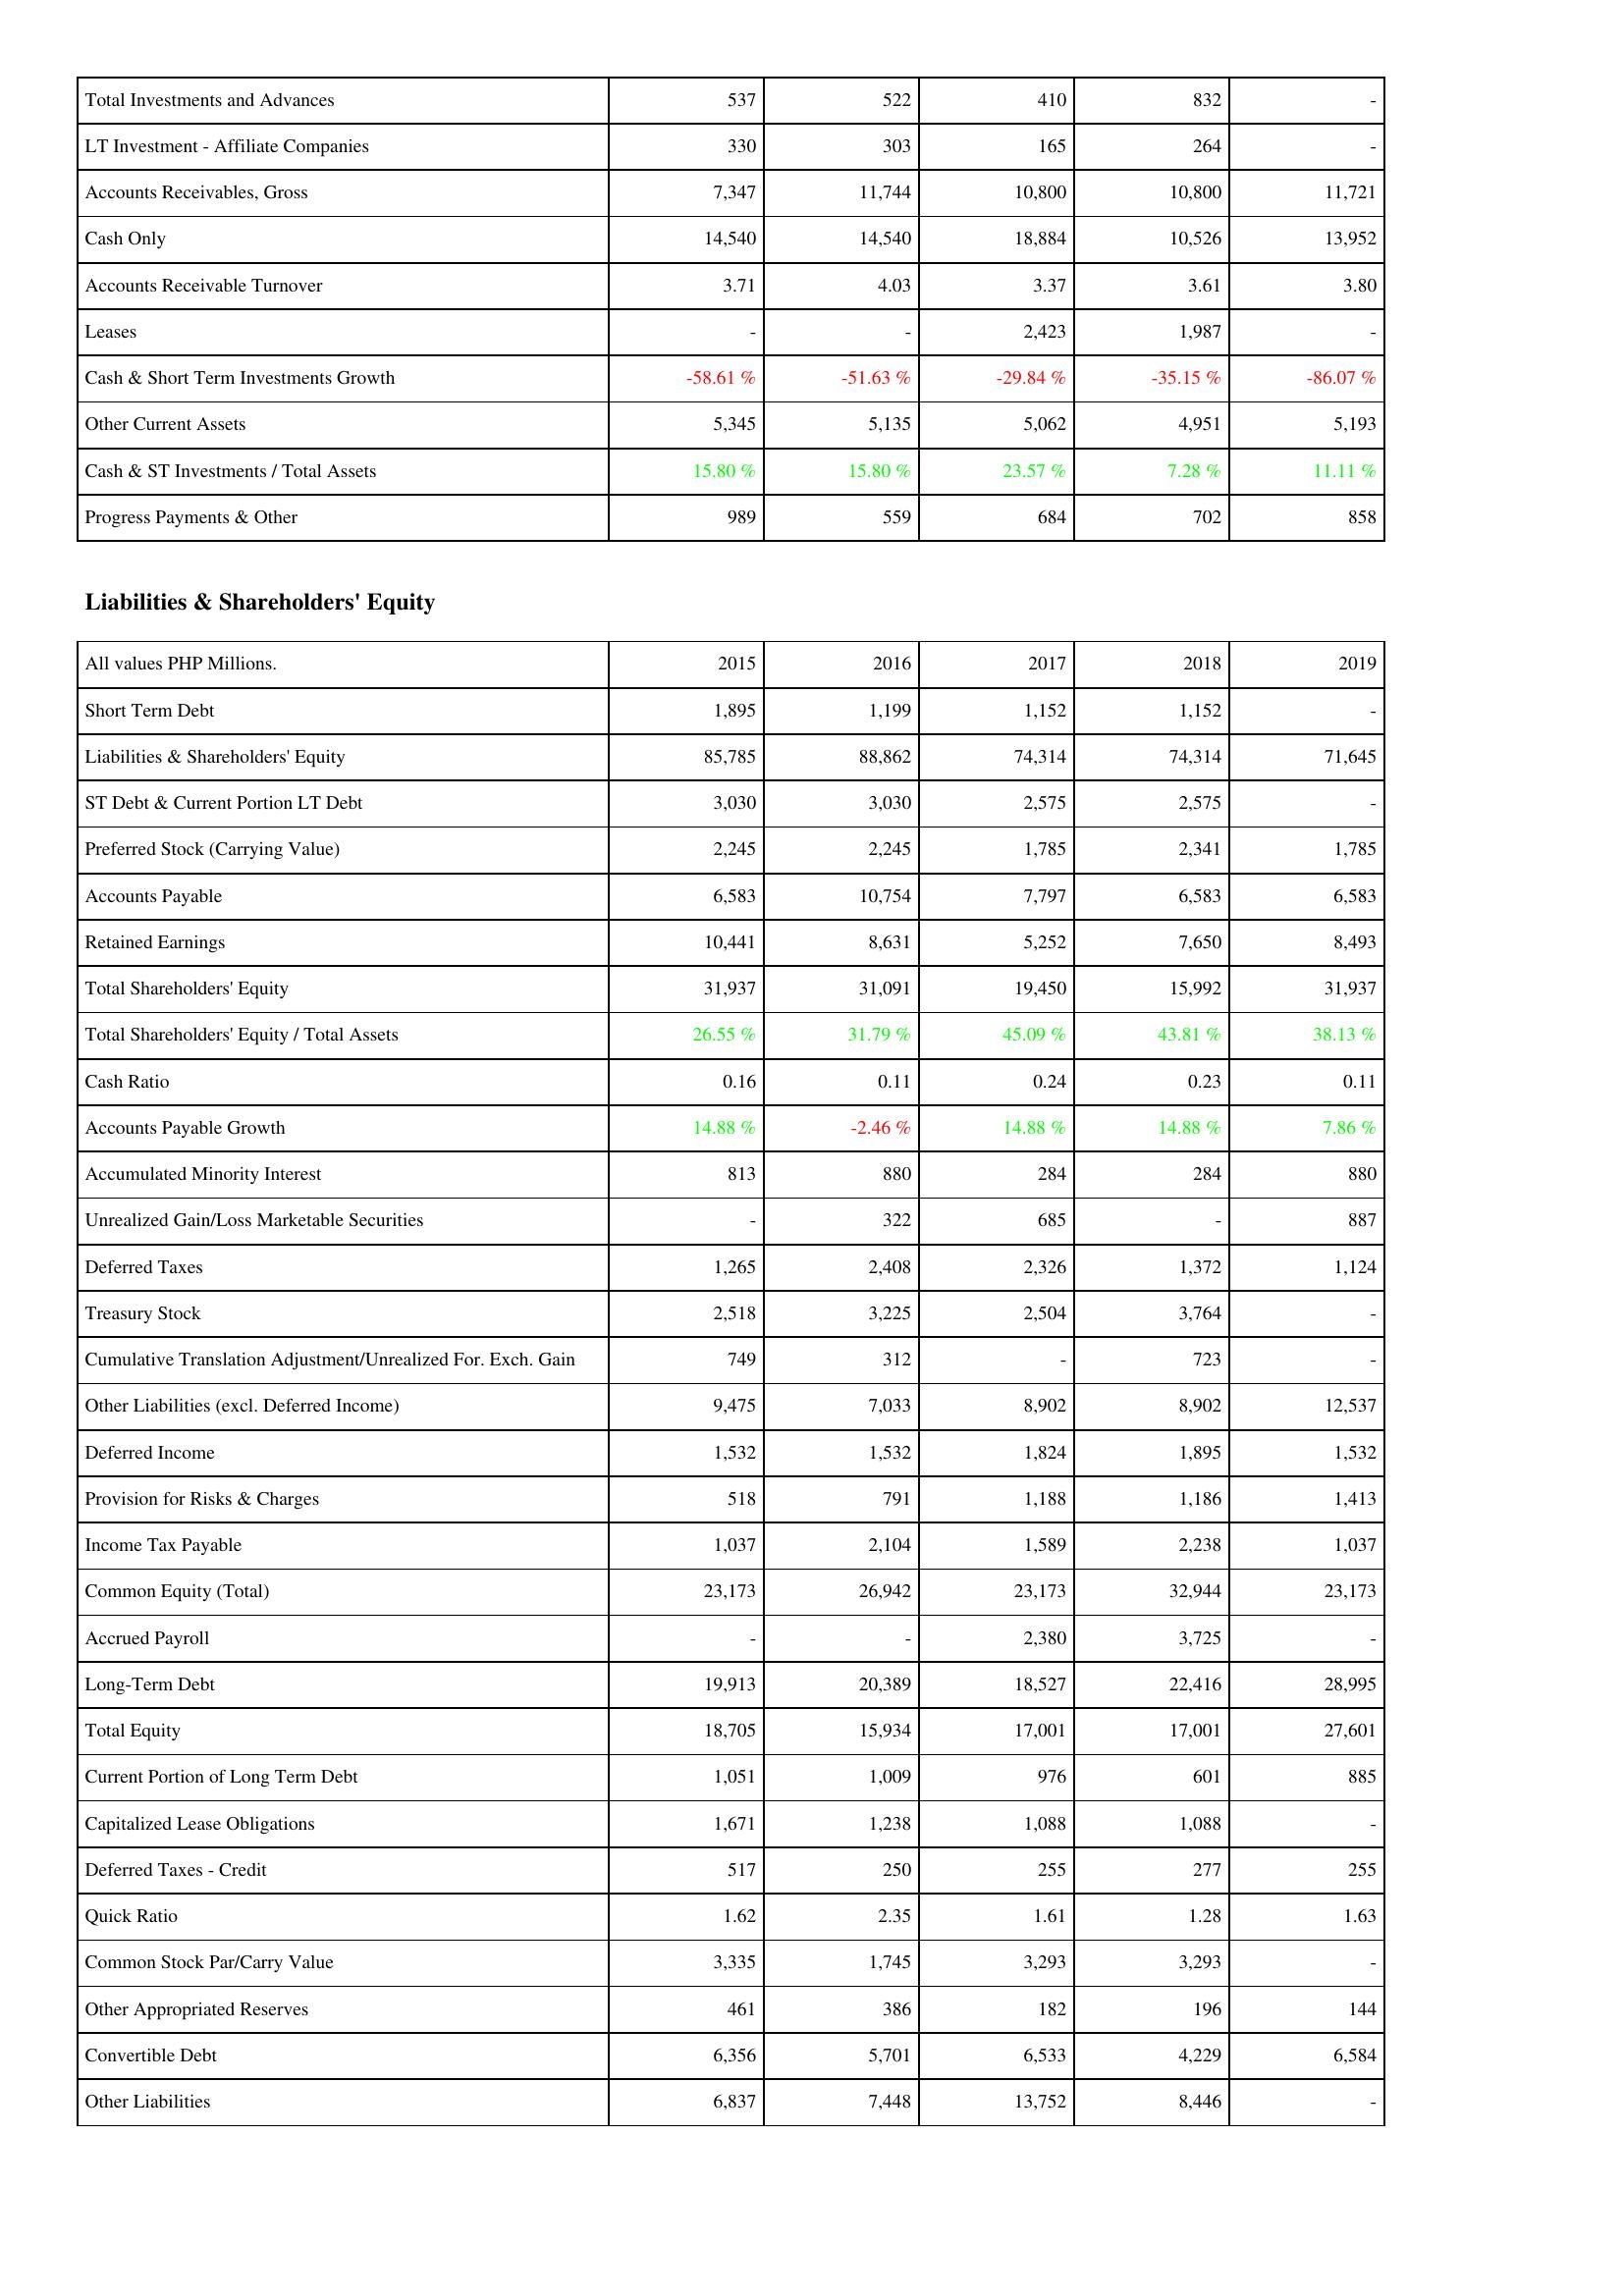
2015: Assets: Total Investments and Advances: 537
LT Investment - Affiliate Companies: 330
Accounts Receivables, Gross: 7,347
Cash Only: 14,540
Accounts Receivable Turnover: 3.71
Leases: -
Cash & Short Term Investments Growth: -58.61 %
Other Current Assets: 5,345
Cash & ST Investments / Total Assets: 15.80 %
Progress Payments & Other: 989
Liabilities & Shareholders' Equity: Short Term Debt: 1,895
Liabilities & Shareholders' Equity: 85,785
ST Debt & Current Portion LT Debt: 3,030
Preferred Stock (Carrying Value): 2,245
Accounts Payable: 6,583
Retained Earnings: 10,441
Total Shareholders' Equity: 31,937
Total Shareholders' Equity / Total Assets: 26.55 %
Cash Ratio: 0.16
Accounts Payable Growth: 14.88 %
Accumulated Minority Interest: 813
Unrealized Gain/Loss Marketable Securities: -
Deferred Taxes: 1,265
Treasury Stock: 2,518
Cumulative Translation Adjustment/Unrealized For. Exch. Gain: 749
Other Liabilities (excl. Deferred Income): 9,475
Deferred Income: 1,532
Provision for Risks & Charges: 518
Income Tax Payable: 1,037
Common Equity (Total): 23,173
Accrued Payroll: -
Long-Term Debt: 19,913
Total Equity: 18,705
Current Portion of Long Term Debt: 1,051
Capitalized Lease Obligations: 1,671
Deferred Taxes - Credit: 517
Quick Ratio: 1.62
Common Stock Par/Carry Value: 3,335
Other Appropriated Reserves: 461
Convertible Debt: 6,356
Other Liabilities: 6,837
2016: Assets: Total Investments and Advances: 522
LT Investment - Affiliate Companies: 303
Accounts Receivables, Gross: 11,744
Cash Only: 14,540
Accounts Receivable Turnover: 4.03
Leases: -
Cash & Short Term Investments Growth: -51.63 %
Other Current Assets: 5,135
Cash & ST Investments / Total Assets: 15.80 %
Progress Payments & Other: 559
Liabilities & Shareholders' Equity: Short Term Debt: 1,199
Liabilities & Shareholders' Equity: 88,862
ST Debt & Current Portion LT Debt: 3,030
Preferred Stock (Carrying Value): 2,245
Accounts Payable: 10,754
Retained Earnings: 8,631
Total Shareholders' Equity: 31,091
Total Shareholders' Equity / Total Assets: 31.79 %
Cash Ratio: 0.11
Accounts Payable Growth: -2.46 %
Accumulated Minority Interest: 880
Unrealized Gain/Loss Marketable Securities: 322
Deferred Taxes: 2,408
Treasury Stock: 3,225
Cumulative Translation Adjustment/Unrealized For. Exch. Gain: 312
Other Liabilities (excl. Deferred Income): 7,033
Deferred Income: 1,532
Provision for Risks & Charges: 791
Income Tax Payable: 2,104
Common Equity (Total): 26,942
Accrued Payroll: -
Long-Term Debt: 20,389
Total Equity: 15,934
Current Portion of Long Term Debt: 1,009
Capitalized Lease Obligations: 1,238
Deferred Taxes - Credit: 250
Quick Ratio: 2.35
Common Stock Par/Carry Value: 1,745
Other Appropriated Reserves: 386
Convertible Debt: 5,701
Other Liabilities: 7,448
2017: Assets: Total Investments and Advances: 410
LT Investment - Affiliate Companies: 165
Accounts Receivables, Gross: 10,800
Cash Only: 18,884
Accounts Receivable Turnover: 3.37
Leases: 2,423
Cash & Short Term Investments Growth: -29.84 %
Other Current Assets: 5,062
Cash & ST Investments / Total Assets: 23.57 %
Progress Payments & Other: 684
Liabilities & Shareholders' Equity: Short Term Debt: 1,152
Liabilities & Shareholders' Equity: 74,314
ST Debt & Current Portion LT Debt: 2,575
Preferred Stock (Carrying Value): 1,785
Accounts Payable: 7,797
Retained Earnings: 5,252
Total Shareholders' Equity: 19,450
Total Shareholders' Equity / Total Assets: 45.09 %
Cash Ratio: 0.24
Accounts Payable Growth: 14.88 %
Accumulated Minority Interest: 284
Unrealized Gain/Loss Marketable Securities: 685
Deferred Taxes: 2,326
Treasury Stock: 2,504
Cumulative Translation Adjustment/Unrealized For. Exch. Gain: -
Other Liabilities (excl. Deferred Income): 8,902
Deferred Income: 1,824
Provision for Risks & Charges: 1,188
Income Tax Payable: 1,589
Common Equity (Total): 23,173
Accrued Payroll: 2,380
Long-Term Debt: 18,527
Total Equity: 17,001
Current Portion of Long Term Debt: 976
Capitalized Lease Obligations: 1,088
Deferred Taxes - Credit: 255
Quick Ratio: 1.61
Common Stock Par/Carry Value: 3,293
Other Appropriated Reserves: 182
Convertible Debt: 6,533
Other Liabilities: 13,752
2018: Assets: Total Investments and Advances: 832
LT Investment - Affiliate Companies: 264
Accounts Receivables, Gross: 10,800
Cash Only: 10,526
Accounts Receivable Turnover: 3.61
Leases: 1,987
Cash & Short Term Investments Growth: -35.15 %
Other Current Assets: 4,951
Cash & ST Investments / Total Assets: 7.28 %
Progress Payments & Other: 702
Liabilities & Shareholders' Equity: Short Term Debt: 1,152
Liabilities & Shareholders' Equity: 74,314
ST Debt & Current Portion LT Debt: 2,575
Preferred Stock (Carrying Value): 2,341
Accounts Payable: 6,583
Retained Earnings: 7,650
Total Shareholders' Equity: 15,992
Total Shareholders' Equity / Total Assets: 43.81 %
Cash Ratio: 0.23
Accounts Payable Growth: 14.88 %
Accumulated Minority Interest: 284
Unrealized Gain/Loss Marketable Securities: -
Deferred Taxes: 1,372
Treasury Stock: 3,764
Cumulative Translation Adjustment/Unrealized For. Exch. Gain: 723
Other Liabilities (excl. Deferred Income): 8,902
Deferred Income: 1,895
Provision for Risks & Charges: 1,186
Income Tax Payable: 2,238
Common Equity (Total): 32,944
Accrued Payroll: 3,725
Long-Term Debt: 22,416
Total Equity: 17,001
Current Portion of Long Term Debt: 601
Capitalized Lease Obligations: 1,088
Deferred Taxes - Credit: 277
Quick Ratio: 1.28
Common Stock Par/Carry Value: 3,293
Other Appropriated Reserves: 196
Convertible Debt: 4,229
Other Liabilities: 8,446
2019: Assets: Total Investments and Advances: -
LT Investment - Affiliate Companies: -
Accounts Receivables, Gross: 11,721
Cash Only: 13,952
Accounts Receivable Turnover: 3.80
Leases: -
Cash & Short Term Investments Growth: -86.07 %
Other Current Assets: 5,193
Cash & ST Investments / Total Assets: 11.11 %
Progress Payments & Other: 858
Liabilities & Shareholders' Equity: Short Term Debt: -
Liabilities & Shareholders' Equity: 71,645
ST Debt & Current Portion LT Debt: -
Preferred Stock (Carrying Value): 1,785
Accounts Payable: 6,583
Retained Earnings: 8,493
Total Shareholders' Equity: 31,937
Total Shareholders' Equity / Total Assets: 38.13 %
Cash Ratio: 0.11
Accounts Payable Growth: 7.86 %
Accumulated Minority Interest: 880
Unrealized Gain/Loss Marketable Securities: 887
Deferred Taxes: 1,124
Treasury Stock: -
Cumulative Translation Adjustment/Unrealized For. Exch. Gain: -
Other Liabilities (excl. Deferred Income): 12,537
Deferred Income: 1,532
Provision for Risks & Charges: 1,413
Income Tax Payable: 1,037
Common Equity (Total): 23,173
Accrued Payroll: -
Long-Term Debt: 28,995
Total Equity: 27,601
Current Portion of Long Term Debt: 885
Capitalized Lease Obligations: -
Deferred Taxes - Credit: 255
Quick Ratio: 1.63
Common Stock Par/Carry Value: -
Other Appropriated Reserves: 144
Convertible Debt: 6,584
Other Liabilities: -